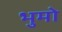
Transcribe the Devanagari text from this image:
भुमो